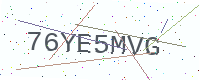
Text: 76YE5MVG